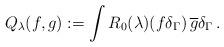
LaTeX: \begin{align*}Q_{\lambda}(f,g):=\int R_0(\lambda)(f\delta_\Gamma)\,\overline{g}\delta_\Gamma\,.\end{align*}